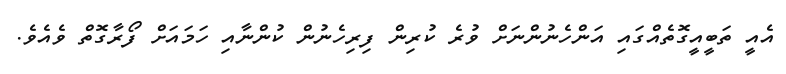
އެއީ ތަބީއީގޮތެއްގައި އަންހެނުންނަށް ވުރެ ކުރިން ފިރިހެނުން ކުންނާއި ހަމައަށް ފޯރާގޮތް ވެއެވެ.